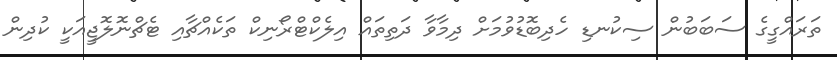
ތަރައްގީގެ ސަބަބުން ސިކުނޑި ހެދިބޮޑުވުމަށް ދިމާވާ ދަތިތައް އިލެކްޓްރޯނިކް ތަކެއްޗާއި ޓެޗްނޮލޮޖީއަކީ ކުދިން